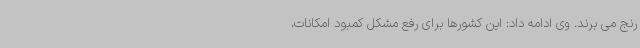
رنج می برند. وی ادامه داد: این کشورها برای رفع مشکل کمبود امکانات،